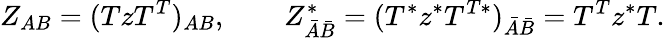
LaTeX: Z_{AB}=(TzT^{T})_{AB},\quad\quad Z_{\bar{A}\bar{B}}^{*}=(T^{*}z^{*}T^{T*})_{\bar{A}\bar{B}}=T^{T}z^{*}T.